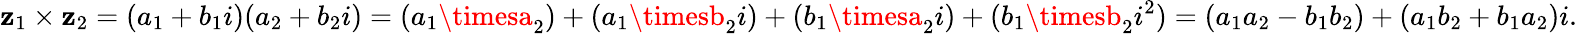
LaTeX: \mathbf{z}_{1}\times\mathbf{z}_{2}=(a_{1}+b_{1}i)(a_{2}+b_{2}i)=(a_{1}\timesa_{2})+(a_{1}\timesb_{2}i)+(b_{1}\timesa_{2}i)+(b_{1}\timesb_{2}i^{2})=(a_{1}a_{2}-b_{1}b_{2})+(a_{1}b_{2}+b_{1}a_{2})i.